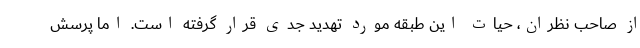
از صاحب نظران، حیات این طبقه مورد تهدید جدی قرار گرفته است. اما پرسش